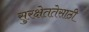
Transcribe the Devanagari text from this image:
सुरक्षेततेसाठी